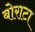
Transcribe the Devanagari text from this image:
बोराटा